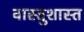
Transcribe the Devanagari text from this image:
वास्तुशास्त